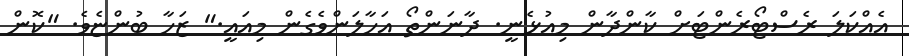
އެއްކަލަ ރެސްޓޯރެންޓަށް ކާންދާން މިއުޅެނީ. ދާނަންތޯ އަހާލަންވެގެން މިއައީ." ޒަހާ ބުންޏެވެ. "ކޮން